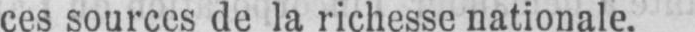
ces sources de la richesse nationale.